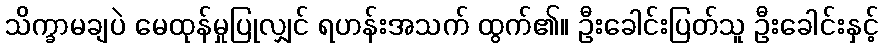
သိက္ခာမချပဲ မေထုန်မှုပြုလျှင် ရဟန်းအသက် ထွက်၏။ ဦးခေါင်းပြတ်သူ ဦးခေါင်းနှင့်